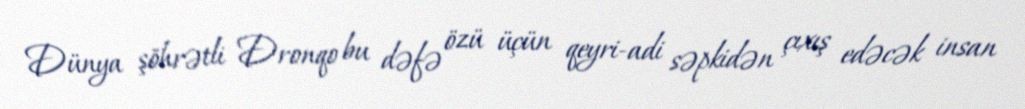
Dünya şöhrətli Dronqo bu dəfə özü üçün qeyri-adi səpkidən çıxış edəcək insan